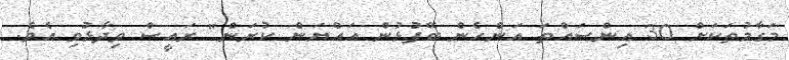
މަގާމުތަކަށް 30 އިންސައްތަ އަންހެން ބޭފުޅުން އައްޔަން ކުރަން" ރައީސް ވިދާޅުވި އެވެ.